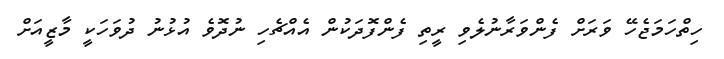
ހިތްހަމަޖެހޭ ވަރަށް ފެންވަރާނުލެވި ރީތި ފެންފޮދަކުން އެއްޗެހި ނުދޮވެ އުޅުނު ދުވަހަކީ މާޒީއަށް